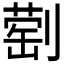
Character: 𫦕